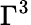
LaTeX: \Gamma^{3}